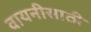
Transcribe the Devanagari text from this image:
वायनीसाठी